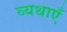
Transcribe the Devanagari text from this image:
व्यथाएँ